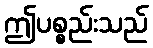
ဤပစ္စည်းသည်